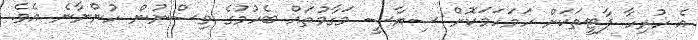
އެ ހުރިހާ ޕާޓީތަކަށް ހަމަހަމަކޮށް ސިޔާސީ މަގާމުތައް ބެހުމުގެ ވިސްނުން ހުންނާނެ އެވެ.